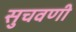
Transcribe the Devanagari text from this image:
सुचवणी